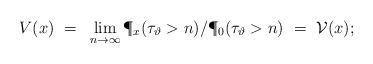
LaTeX: \begin{align*}V(x) ~=~ \lim_{n\to\infty} {\P_x(\tau_\vartheta > n)}/{\P_0(\tau_\vartheta > n)} ~=~ {\cal V}(x); \end{align*}